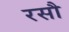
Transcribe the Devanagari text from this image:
रसौ